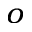
^ o